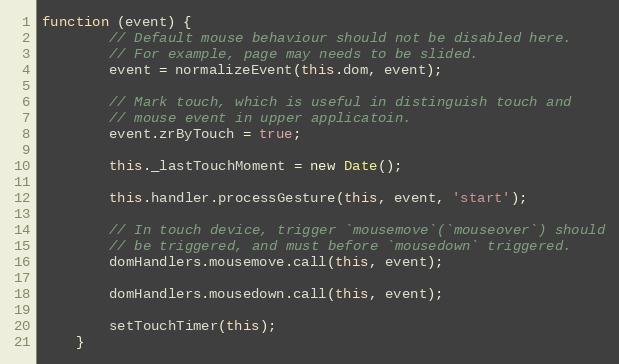
Language: JavaScript
function (event) {
        // Default mouse behaviour should not be disabled here.
        // For example, page may needs to be slided.
        event = normalizeEvent(this.dom, event);

        // Mark touch, which is useful in distinguish touch and
        // mouse event in upper applicatoin.
        event.zrByTouch = true;

        this._lastTouchMoment = new Date();

        this.handler.processGesture(this, event, 'start');

        // In touch device, trigger `mousemove`(`mouseover`) should
        // be triggered, and must before `mousedown` triggered.
        domHandlers.mousemove.call(this, event);

        domHandlers.mousedown.call(this, event);

        setTouchTimer(this);
    }